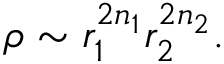
\rho \sim r _ { 1 } ^ { 2 n _ { 1 } } r _ { 2 } ^ { 2 n _ { 2 } } .